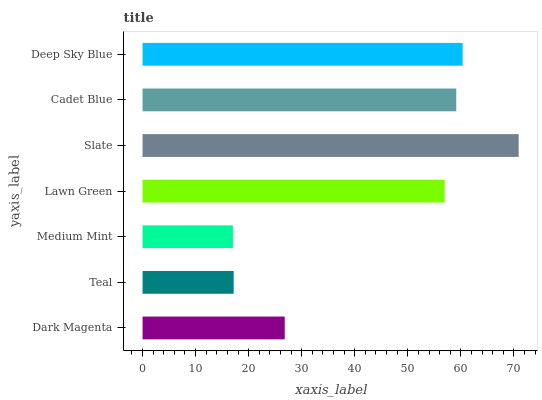
| yaxis_label | bars |
 | --- | --- |
 | Dark Magenta | 26.8 |
 | Teal | 17.2 |
 | Medium Mint | 17 |
 | Lawn Green | 56.9 |
 | Slate | 70.9 |
 | Cadet Blue | 59.1 |
 | Deep Sky Blue | 60.3 |